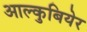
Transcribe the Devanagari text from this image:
आल्कुबियेर